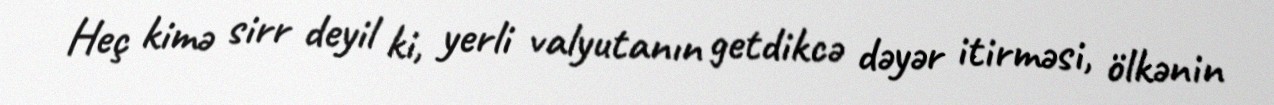
Heç kimə sirr deyil ki, yerli valyutanın getdikcə dəyər itirməsi, ölkənin